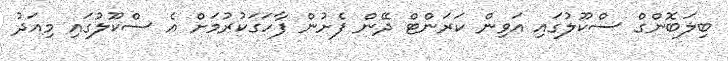
ބިލަބޮންގް ސްކޫލުގައި އަވިން ކަރަންޓް ދޭން ފެށުން ފާހަގަކުރުމަށް އެ ސްކޫލުގައި މިއަދު